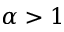
\alpha > 1